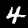
Digit: 4